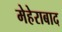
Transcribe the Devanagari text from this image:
मेहेराबाद